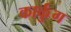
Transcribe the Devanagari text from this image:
कार्कुंग